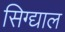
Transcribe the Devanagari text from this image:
सिग्द्याल